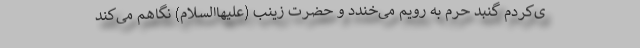
ی‌کردم گنبد حرم به رویم می‌خندد و حضرت زینب (علیهاالسلام) نگاهم می‌کند